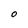
Character: O